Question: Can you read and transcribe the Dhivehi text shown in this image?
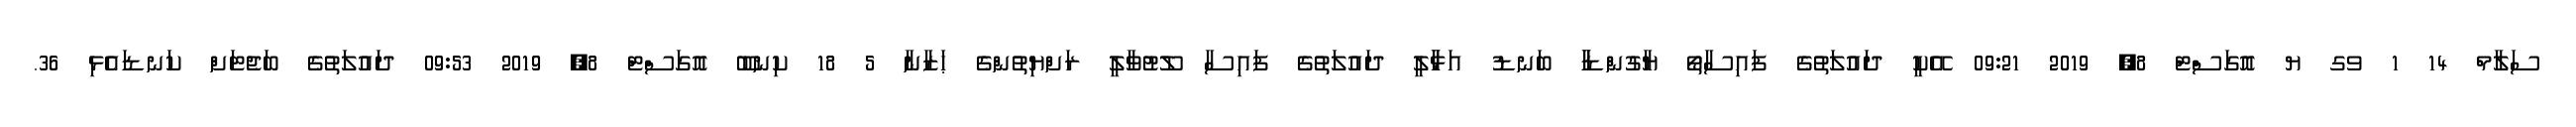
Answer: ސަލާމް 14 1 ވގ ޔ އޮގަސްޓް 8, 2019 09:21 އޭކީ ދައުލަތުގެ ފައިސާތޯ ޔާގުންޑާާ ބަނޑު އަޅާާލީ ދައުލަތުގެ ފައިސާ ލޫޓުވާލީ ރަށްޔިތުންގެ ޙަޒާނާ 5 18 ކިނބޫ އޮގަސްޓް 8, 2019 09:53 ދައުލަތުގެ ބަޖެޓަށް ކަނޑައެޅި 36.